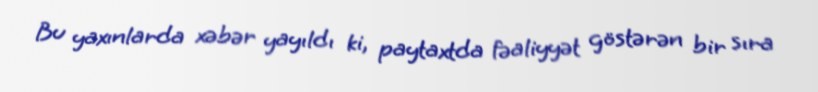
Bu yaxınlarda xəbər yayıldı ki, paytaxtda fəaliyyət göstərən bir sıra